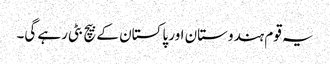
یہ قوم ہندوستان اور پاکستان کے بیچ بٹی رہے گی۔